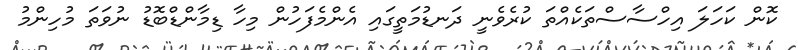
ކޮން ކަހަލަ އިހްސާސްތަކެއްތަ ކުރެވެނީ ދަނޑުމަތީގައި އެންމެފަހުން މިހާ ޑިމާންޑްބޮޑު ނުވަތަ މުހިންމު